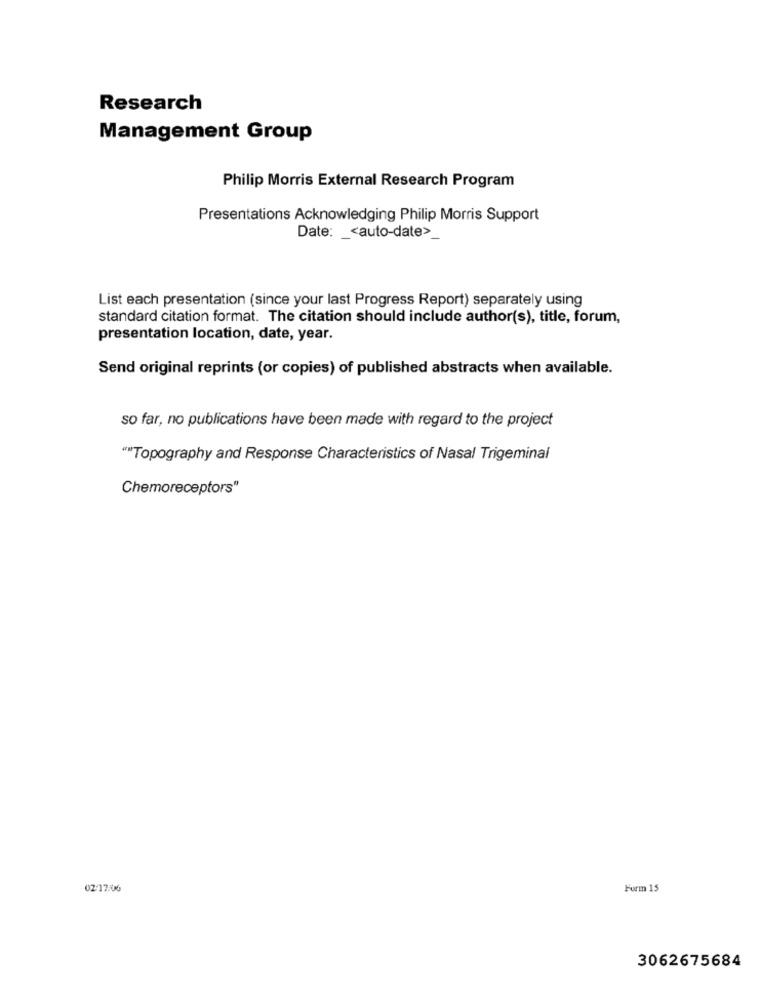
Research
Management Group
Philip Morris External Research Program
Presentations Acknowledging Philip Morris Support
Date: < auto-date>_
List each presentation (since your last Progress Report) separately using
standard citation format. The citation should include author(s), title, forum,
presentation location, date, year.
Send original reprints (or copies) of published abstracts when available.
so far, no publications have been made with regard to the project
""Topography and Response Characteristics of Nasal Trigeminal
Chemoreceptors"
02:17:06
Form 15
3062675684